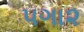
૫ગા૨